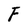
Character: F